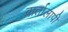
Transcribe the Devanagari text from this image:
वार्तालापी